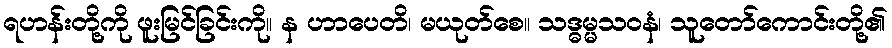
ရဟန်းတို့ကို ဖူးမြင်ခြင်းကို။ န ဟာပေတိ၊ မယုတ်စေ။ သဒ္ဓမ္မသဝနံ၊ သူတော်ကောင်းတို့၏